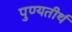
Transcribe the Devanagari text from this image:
पुण्यतीर्थ